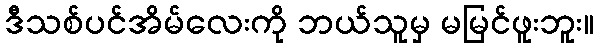
ဒီသစ်ပင်အိမ်လေးကို ဘယ်သူမှ မမြင်ဖူးဘူး။